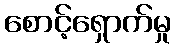
စောင့်ရှောက်မှု